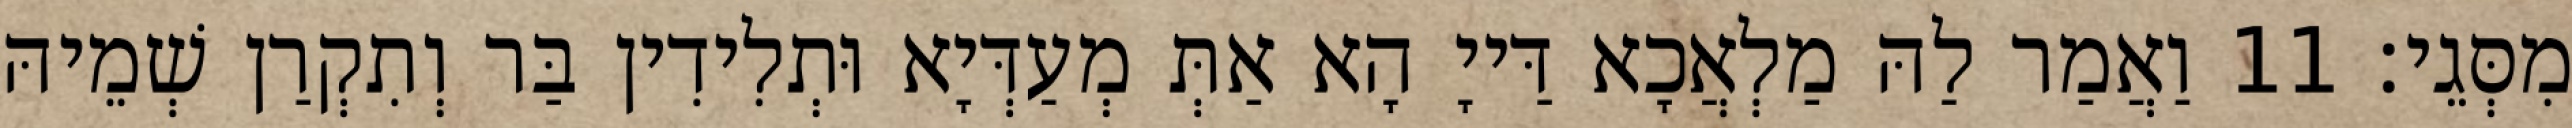
מִסְּגֵי׃ 11 וַאֲמַר לַהּ מַלְאֲכָא דַּייָ הָא אַתְּ מְעַדְּיָא וּתְלִידִין בַּר וְתִקְרַן שְׁמֵיהּ